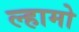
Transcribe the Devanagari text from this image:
ल्हामो